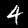
Digit: 4